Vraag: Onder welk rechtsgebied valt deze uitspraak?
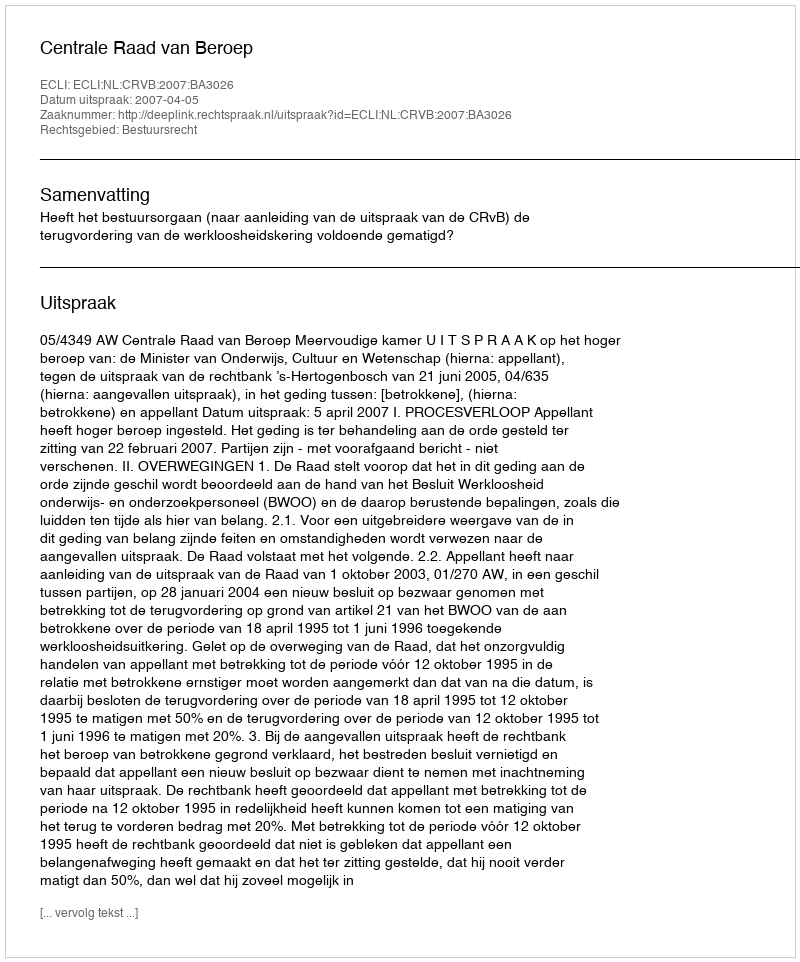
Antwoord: Bestuursrecht